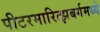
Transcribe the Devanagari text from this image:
पीटरमारित्झबर्गमध्ये